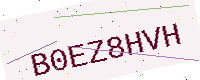
Text: B0EZ8HVH